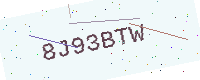
Text: 8J93BTW